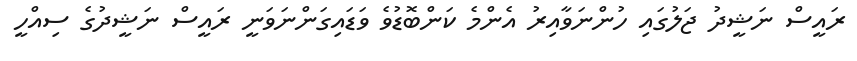
ރައީސް ނަޝީދު ޖަލުގައި ހުންނަވާއިރު އެންމެ ކަންބޮޑުވެ ވަޑައިގަންނަވަނީ ރައީސް ނަޝީދުގެ ސިއްހީ